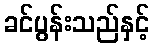
ခင်ပွန်းသည်နှင့်